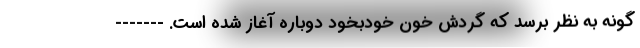
گونه به نظر برسد که گردش خون خودبخود دوباره آغاز شده است. -------